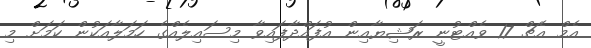
އެމް އެޗް 17 ވެއްޓުނީ ރަޝިޔާއިން އުފައްދާފައިވާ މިސައިލެއްގެ ހަމަލާއަކުން ކަމަށް މި